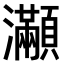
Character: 𤅎